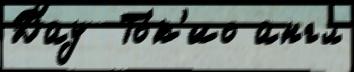
Дау  То́к'ио англ